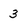
Character: 3